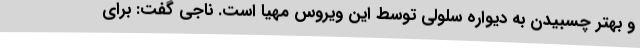
و بهتر چسبیدن به دیواره سلولی توسط این ویروس مهیا است. ناجی گفت: برای